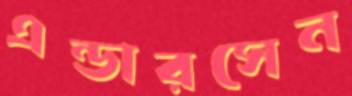
এন্ডারসেন